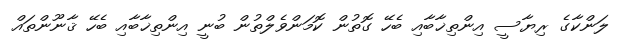
ލަންކާގެ ރިޔާސީ އިންތިޚާބާއި ބެހޭ ގޮތުން ކޮމަންވެލްތުން ބުނީ އިންތިޚާބާއި ބެހޭ ޤާނޫންތައް